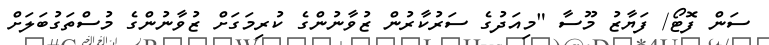
ސަން ފޮޓޯ/ ފަޔާޒު މޫސާ "މިއަދުގެ ސަރުކާރުން ޒުވާނުންގެ ކުރިމަގަށް ޒުވާނުންގެ މުސްތަގުބަލަށް